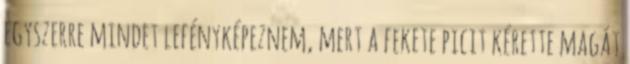
egyszerre mindet lefényképeznem, mert a fekete picit kérette magát